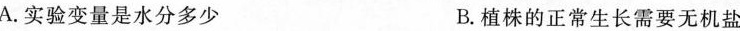
A.实验变量是水分多少 B.植株的正常生长需要无机盐